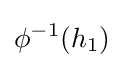
\phi ^{-1}(h_{1})